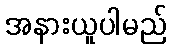
အနားယူပါမည်